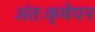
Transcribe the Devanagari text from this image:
अंतःक्षेपन